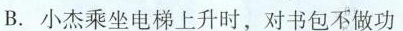
B.小杰乘坐电梯上升时，对书包不做功